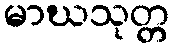
မာဃသုတ္တ